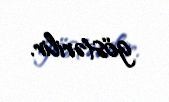
göstərilir.